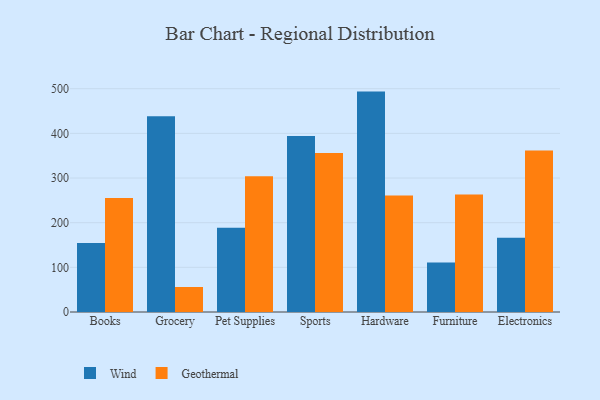
{"axis": {"x": "Category", "y": "Operating Costs (USD K)"}, "legend": ["Geothermal", "Wind"], "data": [{"x": "Books", "y": 154.6, "type": "Wind"}, {"x": "Books", "y": 255.0, "type": "Geothermal"}, {"x": "Grocery", "y": 438.1, "type": "Wind"}, {"x": "Grocery", "y": 56.0, "type": "Geothermal"}, {"x": "Pet Supplies", "y": 188.9, "type": "Wind"}, {"x": "Pet Supplies", "y": 303.8, "type": "Geothermal"}, {"x": "Sports", "y": 394.1, "type": "Wind"}, {"x": "Sports", "y": 356.1, "type": "Geothermal"}, {"x": "Hardware", "y": 493.5, "type": "Wind"}, {"x": "Hardware", "y": 261.1, "type": "Geothermal"}, {"x": "Furniture", "y": 110.8, "type": "Wind"}, {"x": "Furniture", "y": 263.0, "type": "Geothermal"}, {"x": "Electronics", "y": 166.1, "type": "Wind"}, {"x": "Electronics", "y": 361.4, "type": "Geothermal"}]}